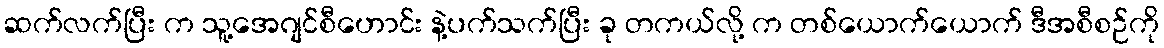
ဆက်လက်ပြီး က သူ့အေဂျင်စီဟောင်း နဲ့ပက်သက်ပြီး ခု တကယ်လို့ က တစ်ယောက်ယောက် ဒီအစီစဉ်ကို